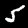
Digit: 5